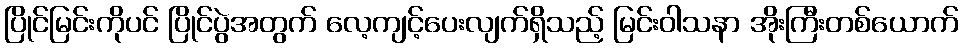
ပြိုင်မြင်းကိုပင် ပြိုင်ပွဲအတွက် လေ့ကျင့်ပေးလျက်ရှိသည့် မြင်းဝါသနာ အိုးကြီးတစ်ယောက်